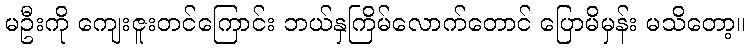
မဦးကို ကျေးဇူးတင်ကြောင်း ဘယ်နှကြိမ်လောက်တောင် ပြောမိမှန်း မသိတော့။